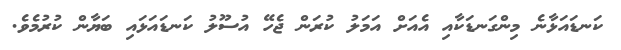
ކަނޑައަޅާނެ މިންގަނޑަކާއި އެއަށް އަމަލު ކުރަން ޖެހޭ އުސޫލު ކަނޑައަޅައި ބަޔާން ކުރުމެވެ.